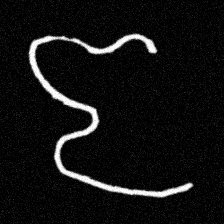
Pyu character \u2014 Myanmar letter: ဇ (romanized: ja)